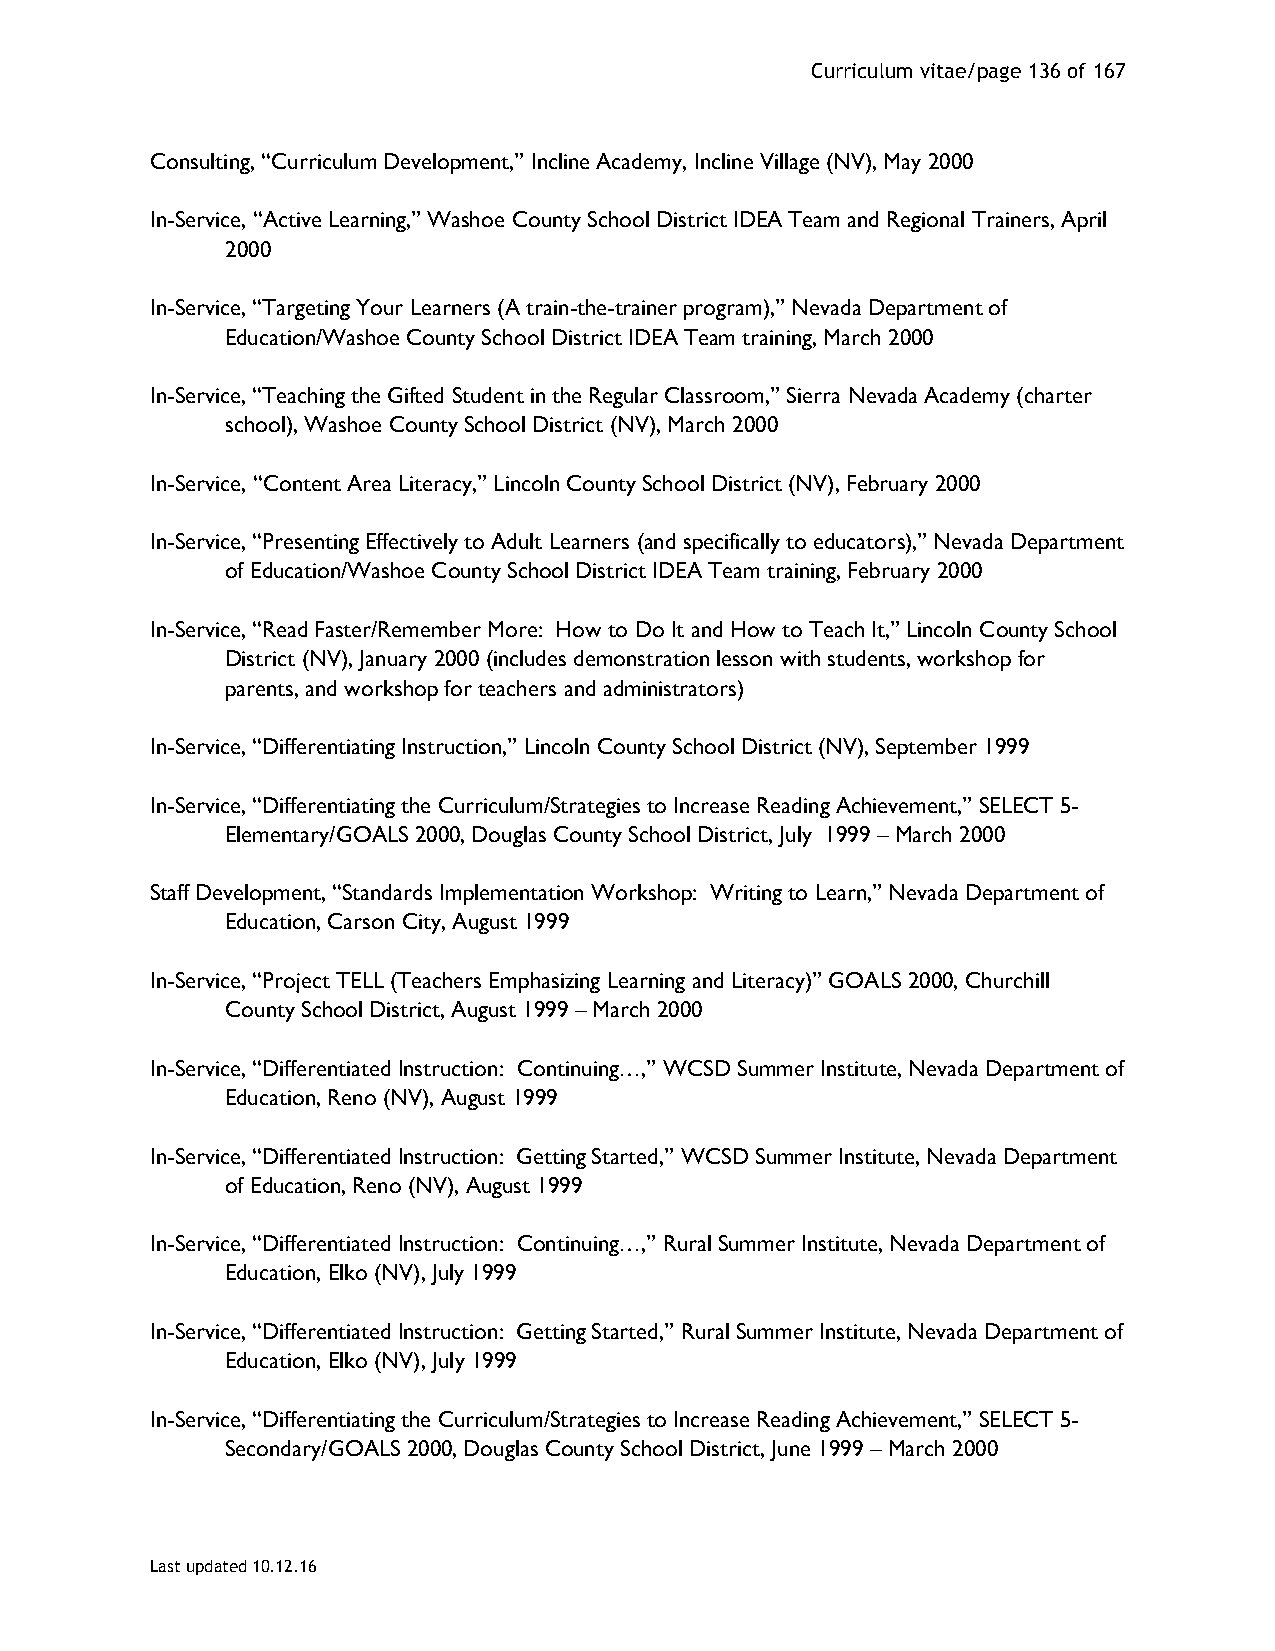
Curriculum vitae/page 136 of 167
 Consulting, “Curriculum Development,” Incline Academy, Incline Village (NV), May 2000
 In-Service, “Active Learning,” Washoe County School District IDEA Team and Regional Trainers, April
 2000
 In-Service, “Targeting Your Learners (A train-the-trainer program),” Nevada Department of
 Education/Washoe County School District IDEA Team training, March 2000
 In-Service, “Teaching the Gifted Student in the Regular Classroom,” Sierra Nevada Academy (charter
 school), Washoe County School District (NV), March 2000
 In-Service, “Content Area Literacy,” Lincoln County School District (NV), February 2000
 In-Service, “Presenting Effectively to Adult Learners (and specifically to educators),” Nevada Department
 of Education/Washoe County School District IDEA Team training, February 2000
 In-Service, “Read Faster/Remember More: How to Do It and How to Teach It,” Lincoln County School
 District (NV), January 2000 (includes demonstration lesson with students, workshop for
 parents, and workshop for teachers and administrators)
 In-Service, “Differentiating Instruction,” Lincoln County School District (NV), September 1999
 In-Service, “Differentiating the Curriculum/Strategies to Increase Reading Achievement,” SELECT 5-
 Elementary/GOALS 2000, Douglas County School District, July 1999 – March 2000
 Staff Development, “Standards Implementation Workshop: Writing to Learn,” Nevada Department of
 Education, Carson City, August 1999
 In-Service, “Project TELL (Teachers Emphasizing Learning and Literacy)” GOALS 2000, Churchill
 County School District, August 1999 – March 2000
 In-Service, “Differentiated Instruction: Continuing…,” WCSD Summer Institute, Nevada Department of
 Education, Reno (NV), August 1999
 In-Service, “Differentiated Instruction: Getting Started,” WCSD Summer Institute, Nevada Department
 of Education, Reno (NV), August 1999
 In-Service, “Differentiated Instruction: Continuing…,” Rural Summer Institute, Nevada Department of
 Education, Elko (NV), July 1999
 In-Service, “Differentiated Instruction: Getting Started,” Rural Summer Institute, Nevada Department of
 Education, Elko (NV), July 1999
 In-Service, “Differentiating the Curriculum/Strategies to Increase Reading Achievement,” SELECT 5-
 Secondary/GOALS 2000, Douglas County School District, June 1999 – March 2000
 Last updated 10.12.16